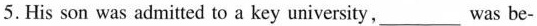
5. His son was admitted to a key university, ___ was be-